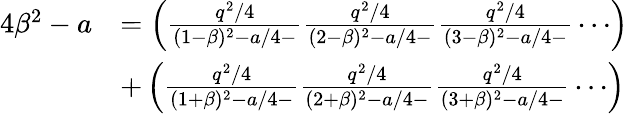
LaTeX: \begin{array}{rl}{4\beta^{2}-a}&{=\left(\frac{q^{2}/4}{(1-\beta)^{2}-a/4-}\frac{q^{2}/4}{(2-\beta)^{2}-a/4-}\frac{q^{2}/4}{(3-\beta)^{2}-a/4-}\dotsi\right)}\\ &{+\left(\frac{q^{2}/4}{(1+\beta)^{2}-a/4-}\frac{q^{2}/4}{(2+\beta)^{2}-a/4-}\frac{q^{2}/4}{(3+\beta)^{2}-a/4-}\dotsi\right)}\end{array}